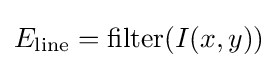
E_{\text{line}}=\operatorname {filter} (I(x,y))